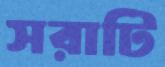
সরাটি